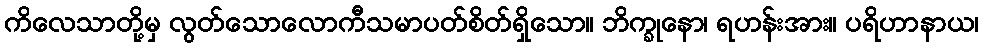
ကိလေသာတို့မှ လွတ်သောလောကီသမာပတ်စိတ်ရှိသော။ ဘိက္ခုနော၊ ရဟန်းအား။ ပရိဟာနာယ၊